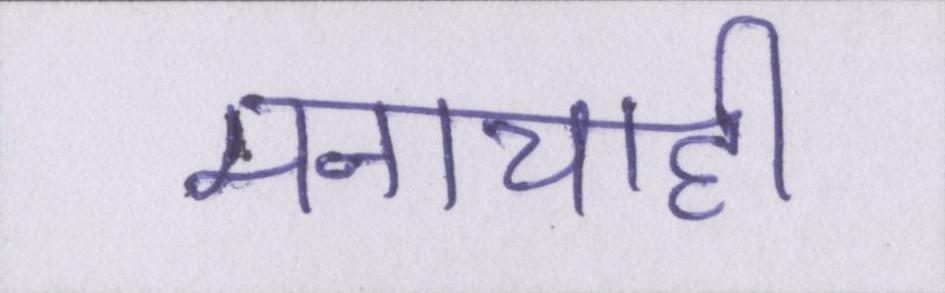
मनाचाही